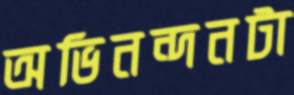
অভিনন্দনটা